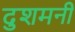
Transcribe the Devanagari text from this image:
दुशमनी